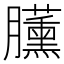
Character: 𣎰